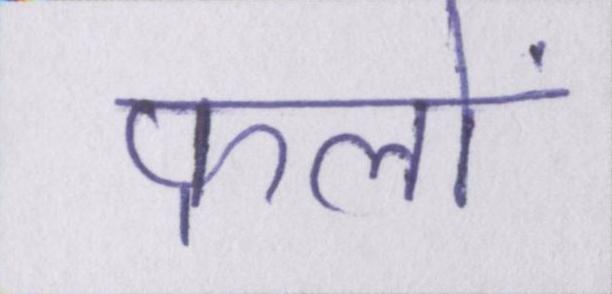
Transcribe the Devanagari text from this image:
फलों